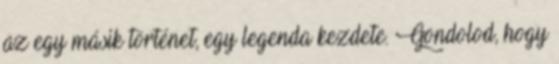
az egy másik történet, egy legenda kezdete. Gondolod, hogy